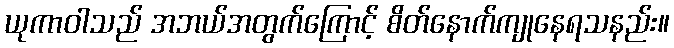
ယုကာဝါသည် အဘယ်အတွက်ကြောင့် စိတ်နောက်ကျုနေရသနည်း။